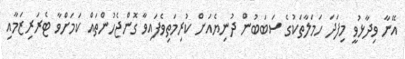
އޭނާ ވިދާޅުވީ މިފަދަ ހަމަލާތަކުގެ ސަބަބުން ދުނިޔެއަށް ކުރިމަތިވެފައިވާ ގޮންޖެހުންތައް ކަމަށްވާ ޓެރަރިޒަމާއި